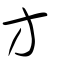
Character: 方